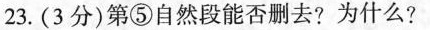
23.（3分）第⑤自然段能否删去?为什么?